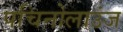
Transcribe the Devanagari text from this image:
पचिनोलाउंज